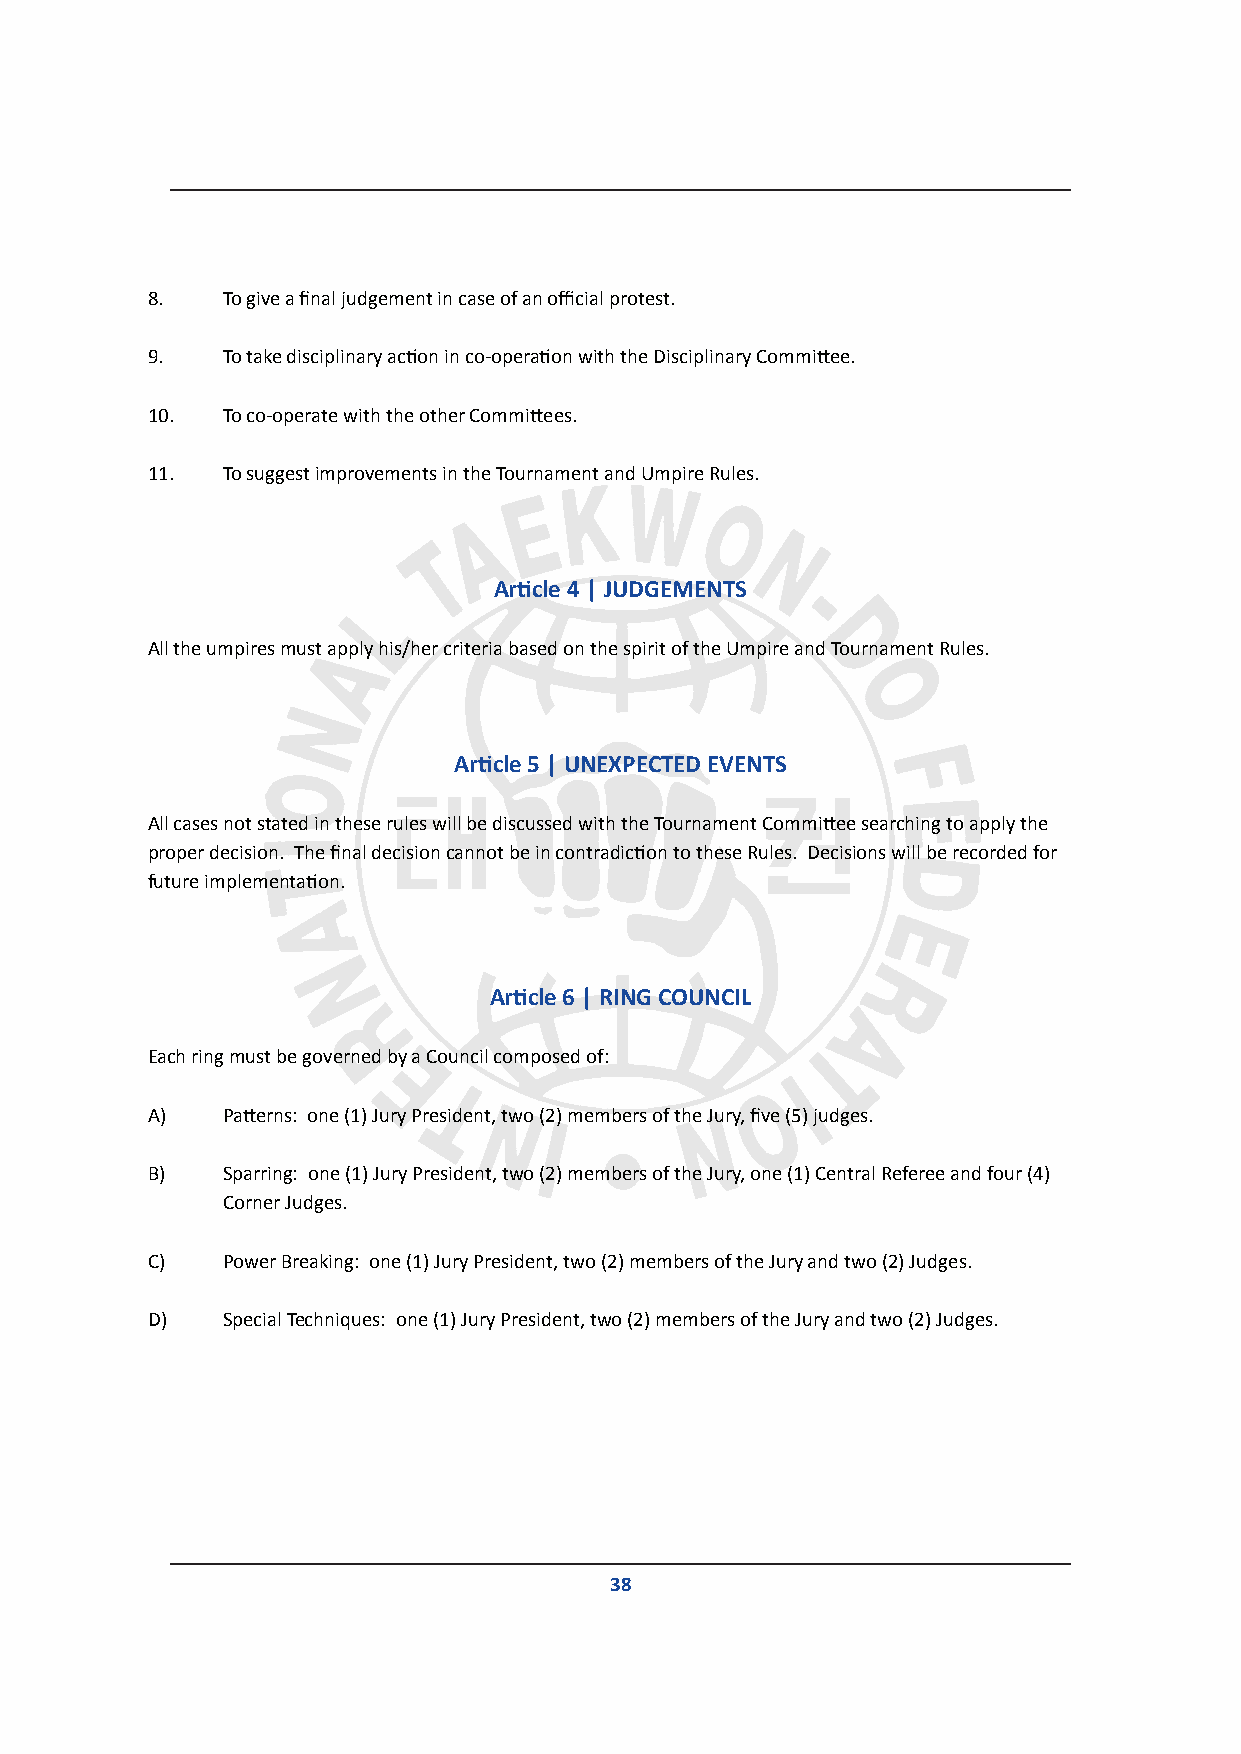
8.   To give a final judgement in case of an official protest.
 9.   To take disciplinary action in co-operation with the Disciplinary Committee.
 10.  To co-operate with the other Committees.
 11.  To suggest improvements in the Tournament and Umpire Rules.
 Article 4 | JUDGEMENTS
 All the umpires must apply his/her criteria based on the spirit of the Umpire and Tournament Rules.
 Article 5 | UNEXPECTED EVENTS
 All cases not stated in these rules will be discussed with the Tournament Committee searching to apply the
 proper decision. The final decision cannot be in contradiction to these Rules. Decisions will be recorded for
 future implementation.
 Article 6 | RING COUNCIL
 Each ring must be governed by a Council composed of:
 A)   Patterns: one (1) Jury President, two (2) members of the Jury, five (5) judges.
 B)   Sparring: one (1) Jury President, two (2) members of the Jury, one (1) Central Referee and four (4)
 Corner Judges.
 C)   Power Breaking: one (1) Jury President, two (2) members of the Jury and two (2) Judges.
 D)   Special Techniques: one (1) Jury President, two (2) members of the Jury and two (2) Judges.
 38